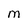
Character: M